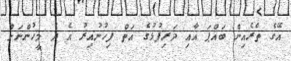
އޭގެ ތެރެއިން ބައްޕަ އާއި ދަރިފުޅުގެ އަތް ފިހުނުއިރު އެ ދެ މީހުންނަށް